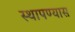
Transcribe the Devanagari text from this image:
स्थापण्यास